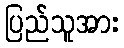
ပြည်သူအား